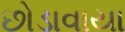
છોડાવાયા